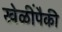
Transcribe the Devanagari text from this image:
खेळींपैकी